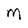
Character: M